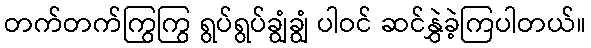
တက်တက်ကြွကြွ ရွပ်ရွပ်ချွံချွံ ပါဝင် ဆင်နွှဲခဲ့ကြပါတယ်။